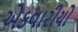
એકવારીયો